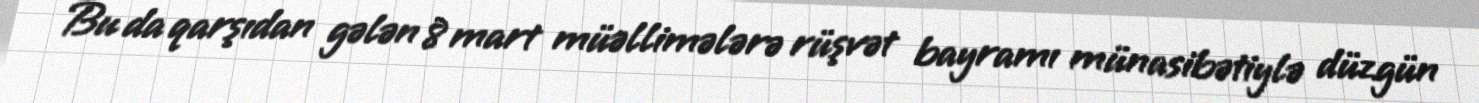
Bu da qarşıdan gələn 8 mart müəllimələrə rüşvət bayramı münasibətiylə düzgün